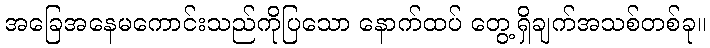
အခြေအနေမကောင်းသည်ကိုပြသော နောက်ထပ် တွေ့ရှိချက်အသစ်တစ်ခု။